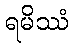
ရမိဿံ